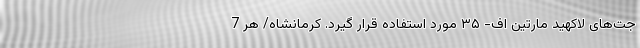
جت‌های لاکهید مارتین اف- ۳۵ مورد استفاده قرار گیرد. کرمانشاه/ هر 7